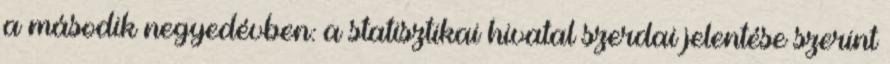
a második negyedévben: a statisztikai hivatal szerdai jelentése szerint